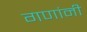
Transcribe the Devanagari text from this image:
गणांनी